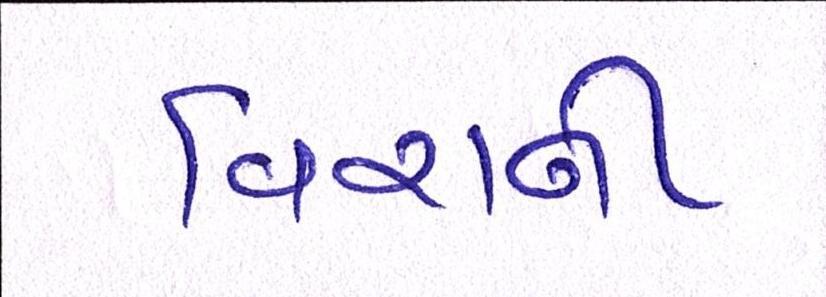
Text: વિરાની